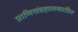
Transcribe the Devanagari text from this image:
प्राणिसंग्रहालयातील